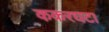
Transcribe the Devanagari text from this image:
ककरघटा